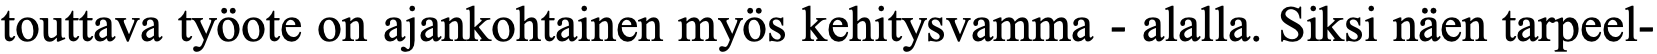
touttava työote on ajankohtainen myös kehitysvamma - alalla. Siksi näen tarpeel-